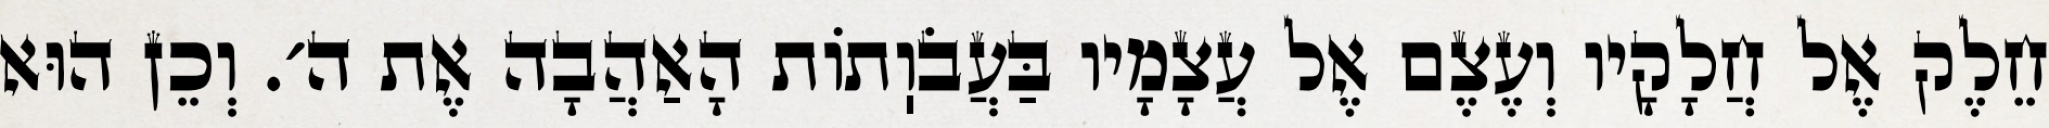
חֵלֶק אֶל חֲלָקָיו וְעֶצֶם אֶל עֲצָמָיו בַּעֲבֹוֽתוֹת הָאַהֲבָה אֶת ה׳. וְכֵן הוּא